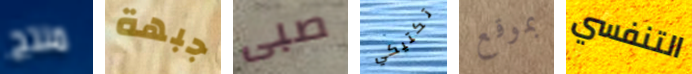
منتج جبهة صبى تكتيكي بموقع التنفسي